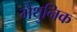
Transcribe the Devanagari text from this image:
मैथुनिक